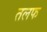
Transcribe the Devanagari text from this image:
तलफ